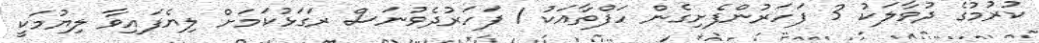
ކުރުމުގެ ދުވާލަކު 3 ފަހަރުންފެށިގެން ހަފްތާއަކު 1 ފަހަރުދެވުނަސް ރަގަޅުކަމަށް ލިޔެފައިވާ ލިޔުމަކީ